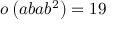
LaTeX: o \left( a b a b ^ { 2 } \right) = 1 9